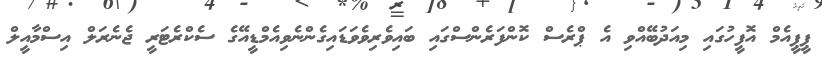
ޕީޕީއެމް އޮފީހުގައި މިއަދުބޭއްވި އެ ޕްރެސް ކޮންފަރެންސްގައި ބައިވެރިވެވަޑައިގެންނެވިއެމްޑީއޭގެ ސެކްރެޓަރީ ޖެނެރަލް އިސްމާއީލް